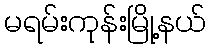
မရမ်းကုန်းမြို့နယ်